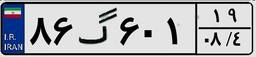
۸۶گ۶۰۱۱۹